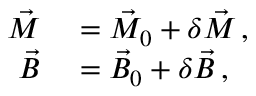
\begin{array} { r l } { \vec { M } } & { { } = \vec { M } _ { 0 } + \delta \vec { M } \, , } \\ { \vec { B } } & { { } = \vec { B } _ { 0 } + \delta \vec { B } \, , } \end{array}